Insane asylums in Bengal annual reports 1867-1875 - 1867-1875
Year: 1867
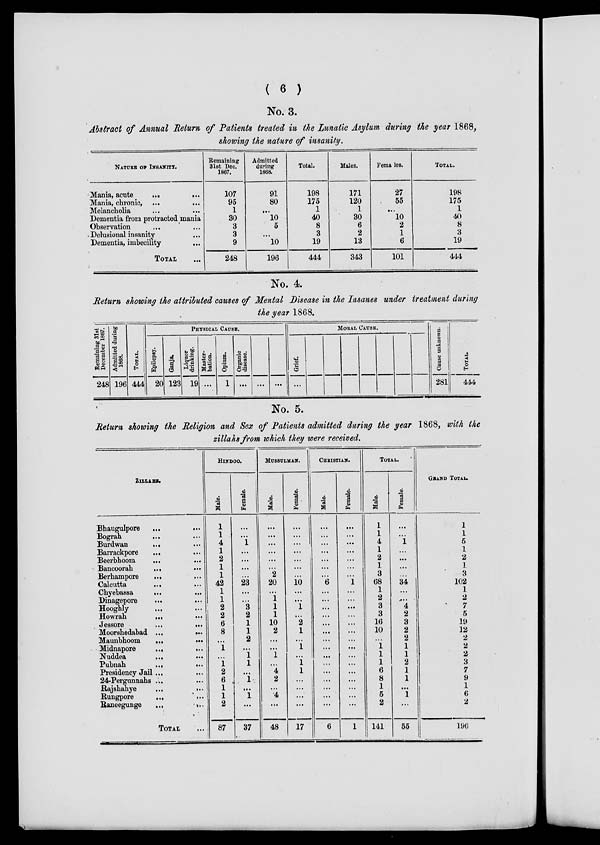
( 6 )
No. 3.
Abstract of Annual Return of Patients treated in the Lunatic Asylum during the year 1868,
showing the nature of insanity.
NATURE OF INSANITY.
Mania, acute
...
...
Mania, chronic, ...
...
Melancholia ... ...
Dementia from protracted mania
Observation ... ...
Delusional insanity ...
Dementia, imbecility ...
TOTAL ...
Remaining
31st Dec.
1867.
107
95
1
30
3
3
9
248
Admitted
during
1868.
91
80
...
10
5
...
10
196
Total.
198
175
1
40
8
3
19
444
Males.
171
120
1
30
6
2
13
343
Females.
27
55
...
10
2
1
6
101
TOTAL.
198
175
1
40
8
3
19
444
No. 4.
Return showing the attributed causes of Mental Disease in the Insanes under treatment during
the year 1868.
Remaining 31st
December 1867.
248
Admitted during
1868.
196
TOTAL.
444
PHYSICAL CAUSE.
Epilepsy.
20
Ganja.
123
Liquor
drinking.
19
Master¬
bation.
...
Opium.
1
Organic
disease.
...
...
...
MORAL CAUSE.
Grief.
...
Cause unknown.
281
TOTAL.
444
No. 5.
Return showing the Religion and Sex of Patients admitted during the year 1868, with the
zillahs from which they were received.
ZILLAHS.
Bhaugulpore
...
...
Bograh ... ...
Burdwan
...
Barrackpore
...
Beerbhoom
...
Bancoorah
...
...
Berhampore
...
Calcutta
...
Chyebassa ... ...
Dinagepore
...
...
Hooghly ... ...
Howrah
...
Jessore
... ...
...
Moorshedabad ...
...
Maunbhoom
... ...
Midnapore
...
...
Nuddea
... ...
Pubnah
... ...
Presidency Jail ... ...
24-Pergunnahs ... ...
Rajshahye
...
...
Rungpore
... ...
Raneegunge
...
...
TOTAL ...
HINDOO.
Male.
1
1
4
1
2
1
1
42
1
1
2
2
6
8
...
1
...
1
2
6
1
1
2
87
Female.
...
1
...
...
...
...
23
...
...
3
2
1
1
2
...
1
1
...
...
1
...
37
MUSSULMAN.
Male.
...
...
...
...
...
...
2
20
...
1
1
1
10
2
...
...
1
...
4
2
...
4
...
48
Female.
...
...
...
...
...
...
...
10
...
...
1
...
2
1
...
1
...
1
1
...
...
...
...
17
CHRISTIAN.
Male.
...
...
...
...
...
...
...
6
...
...
...
...
...
...
...
...
...
...
...
..
...
...
...
6
Female.
...
...
...
...
...
...
...
1
...
...
...
...
...
...
...
...
...
...
...
...
...
...
...
1
TOTAL.
Male.
1
1
4
1
2
1
3
68
1
2
3
3
16
10
...
1
1
1
6
8
1
5
2
141
Female.
...
...
1
...
...
...
...
34
...
...
4
2
3
2
2
1
1
2
1
1
...
1
...
55
GRAND TOTAL.
1
1
5
1
2
1
3
102
1
2
7
5
19
12
2
2
2
3
7
9
1
6
2
196